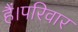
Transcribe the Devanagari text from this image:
हैं।परिवार